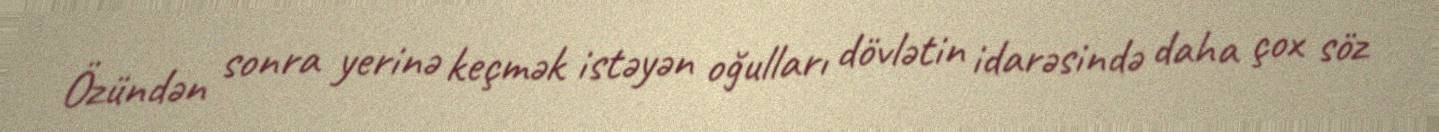
Özündən sonra yerinə keçmək istəyən oğulları dövlətin idarəsində daha çox söz